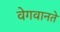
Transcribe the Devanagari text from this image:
वेगवानते